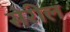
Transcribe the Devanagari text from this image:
सेरील